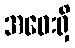
အဝေးရှိ